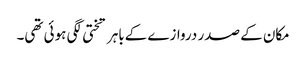
مکان کے صدر دروازے کےباہر تختی لگی ہوئی تھی۔